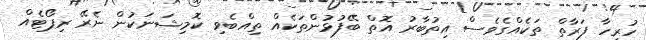
ހުރިހާ ފަރާތް ތަކެއްގެވެސް އިތުބާރު އޮތް ބޭފުޅުންތަކެއް ތިއްބެވި ކޮމިޝަނަކުން ނެރޭ ރިޕޯޓެއް